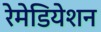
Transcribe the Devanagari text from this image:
रेमेडियेशन